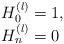
\begin{align*} \begin{array}{l} H_0^{(l)}=1,\\ H_n^{(l)}=0 \ \ \end{array} \end{align*}